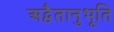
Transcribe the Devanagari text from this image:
अद्वैतानुभूति